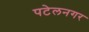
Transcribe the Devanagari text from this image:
पटेलनगर